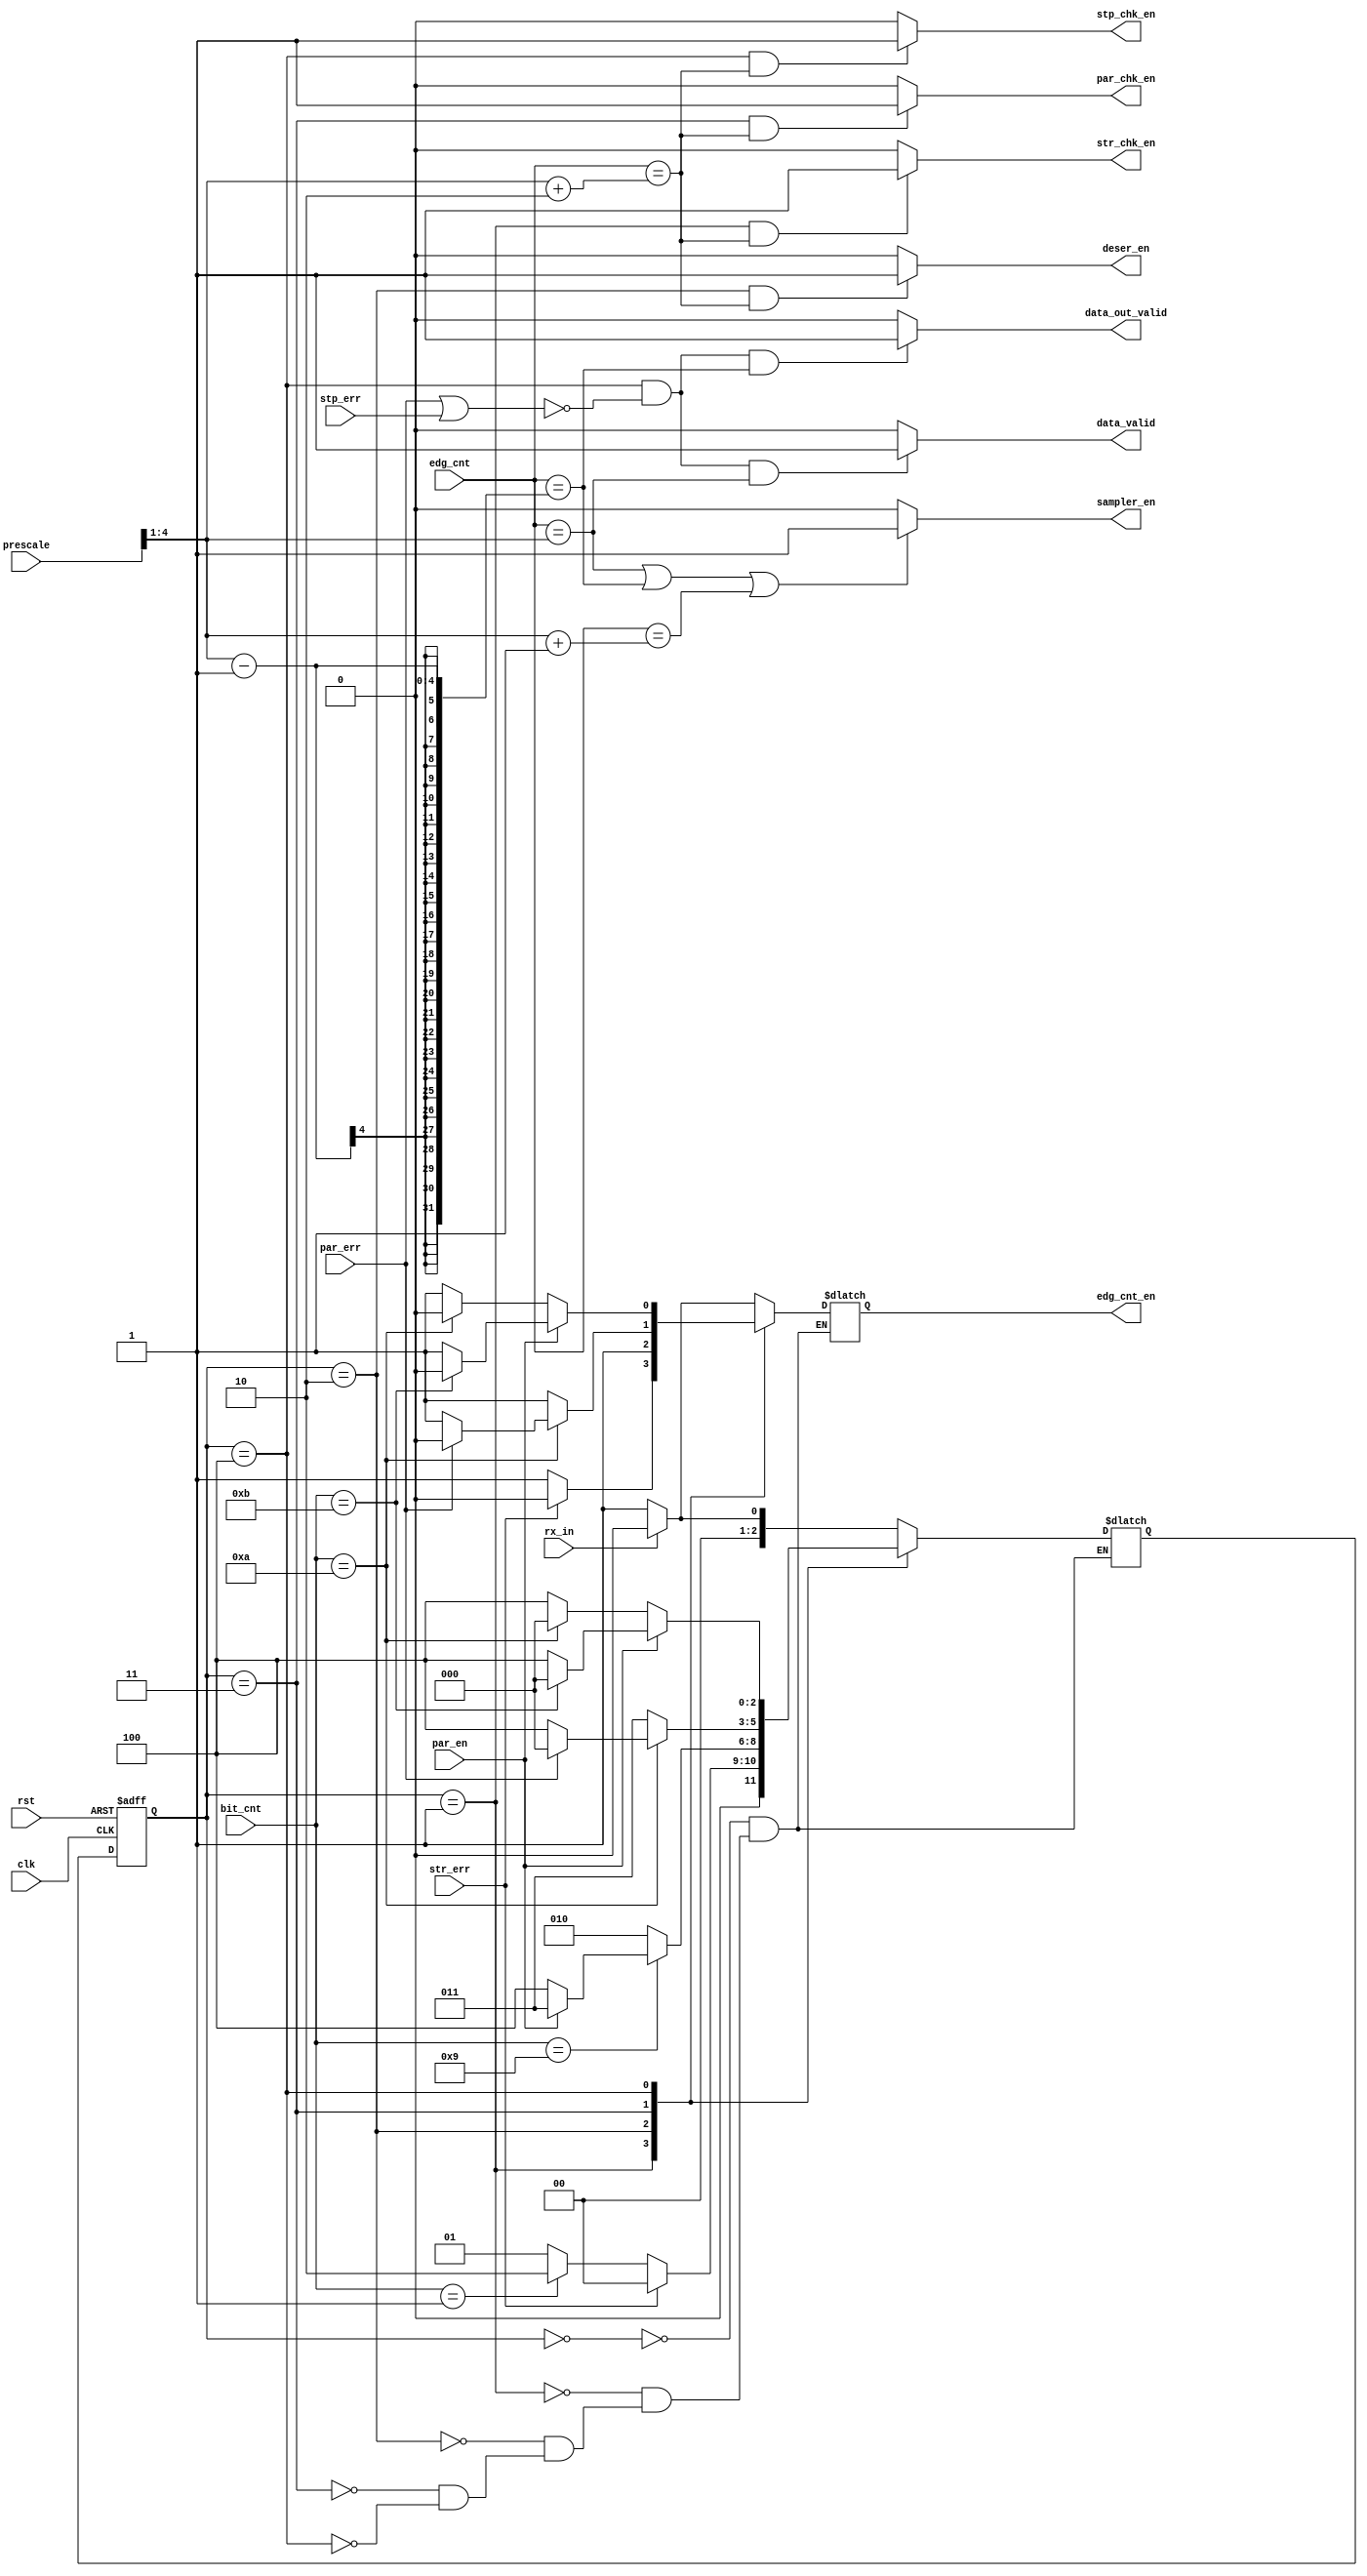
module FSM_RX
(
  input  wire       clk,
  input  wire       rst,

  input  wire       par_en,
  input  wire [4:0] prescale, 
  input  wire       rx_in,
  
  input  wire [4:0] edg_cnt,
  input  wire [3:0] bit_cnt, 
  
  input  wire       str_err,
  input  wire       par_err,
  input  wire       stp_err,
  
  output wire       str_chk_en,
  output wire       par_chk_en,
  output wire       stp_chk_en,
     
  output reg       edg_cnt_en,
  output wire       sampler_en,
  output wire       deser_en,

  output wire       data_valid, 
  output wire data_out_valid
);

  localparam [2:0] S0_IDLE = 3'b000,
                   S1_STRT = 3'b001, 
                   S2_DATA = 3'b010,
                   S3_PART = 3'b011,
                   S4_STOP = 3'b100;

  reg [2:0] current_state, next_state;

  wire [4:0] mid_sample;

  always @ (posedge clk or negedge rst)
    if (!rst)
      current_state <= S0_IDLE;
    else 
      current_state <= next_state;

  always @ (*)
    begin
      case (current_state)
        S0_IDLE:
          begin
            if (rx_in) 
              begin
                edg_cnt_en = 1'b0;
                next_state = S0_IDLE;
              end 
            else 
              begin
                edg_cnt_en = 1'b1;
                next_state = S1_STRT;
              end
          end
        S1_STRT:
          begin
            if (str_err)
              begin
                edg_cnt_en = 1'b0;
                next_state = S0_IDLE;
              end
            else if (bit_cnt == 4'd1)
              begin
                edg_cnt_en = 1'b1;
                next_state = S2_DATA;
              end
            else 
              begin
                edg_cnt_en = 1'b1;
                next_state = S1_STRT;
              end
          end
        S2_DATA:
          begin
            if (bit_cnt == 4'd9)
              begin
                if (par_en) 
                  begin
                    edg_cnt_en = 1'b1;
                    next_state = S3_PART;
                  end
                else 
                  begin
                    edg_cnt_en = 1'b1;
                    next_state = S4_STOP;
                  end
              end
            else
              begin
                edg_cnt_en = 1'b1;
                next_state = S2_DATA;
              end
          end
        S3_PART:
          begin
            if (bit_cnt == 4'd10)
              begin
                if (par_err)
                  begin
                    edg_cnt_en = 1'b0;
                    next_state = S0_IDLE;
                  end
                else
                  begin
                    edg_cnt_en = 1'b1;
                    next_state = S4_STOP;
                  end
              end
            else
              begin
                edg_cnt_en = 1'b1;
                next_state = S3_PART;
              end
          end
        S4_STOP:
          begin
            if (par_en)
              begin
                if (bit_cnt == 4'd11)
                  begin
                    edg_cnt_en = 1'b0;
                    next_state = S0_IDLE;
                  end
                else
                  begin
                    edg_cnt_en = 1'b1;
                    next_state = S4_STOP;
                  end
              end
            else if (bit_cnt == 4'd10)
              begin
                edg_cnt_en = 1'b0;
                next_state = S0_IDLE;
              end
            else
              begin
                edg_cnt_en = 1'b1;
                next_state = S4_STOP;
              end
          end
      endcase
    end

  assign mid_sample = prescale >> 1;    
  assign par_chk_en     = ((current_state == S3_PART) && (edg_cnt == mid_sample + 2)) ? 1'b1 : 1'b0;
  assign str_chk_en     = ((current_state == S1_STRT) && (edg_cnt == mid_sample + 2)) ? 1'b1 : 1'b0;
  assign stp_chk_en     = ((current_state == S4_STOP) && (edg_cnt == mid_sample + 2)) ? 1'b1 : 1'b0;
  assign deser_en       = ((current_state == S2_DATA) && (edg_cnt == mid_sample + 2)) ? 1'b1 : 1'b0;
  assign sampler_en     = (edg_cnt == mid_sample || edg_cnt == mid_sample-1 || edg_cnt == mid_sample+1) ? 1'b1 : 1'b0;
  assign data_out_valid = ((current_state == S4_STOP) && (!(par_err || stp_err)) && (edg_cnt == mid_sample - 1)) ? 1'b1 : 1'b0;
  assign data_valid     = ((current_state == S4_STOP) && (!(par_err || stp_err)) && (edg_cnt == mid_sample)) ? 1'b1 : 1'b0;
endmodule